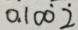
0 . 1 0 \dot { 0 } \dot { 2 }